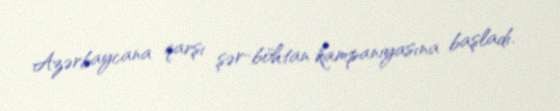
Azərbaycana qarşı şər-böhtan kampaniyasına başladı.